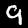
Digit: 9